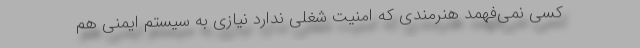
کسی نمی‌فهمد هنرمندی که امنیت شغلی ندارد نیازی به سیستم ایمنی هم